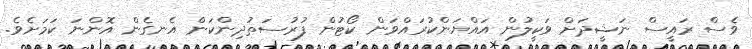
ވެސް ރައީސް ނަޝީދަށް ވަކީލުން އައްޔަންކުރައްވަން ކޯޓުން ފުރުސަތުދިންކަން އެނގެން އޮންނަ ކަމަށެވެ.